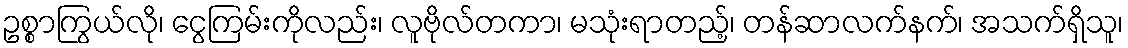
ဥစ္စာကြွယ်လို၊ ငွေကြမ်းကိုလည်း၊ လူဗိုလ်တကာ၊ မသုံးရာတည့်၊ တန်ဆာလက်နက်၊ အသက်ရှိသူ၊